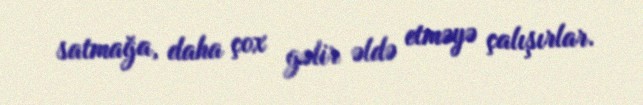
satmağa, daha çox gəlir əldə etməyə çalışırlar.